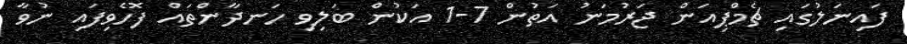
ފައިނަލުގައި ޗެމްޕިއަން ޖަރުމަނު އަތުން 7-1 އަކުން ބަލިވި ހަނދާންތައް ފޮހެވިފައި ނުވާ